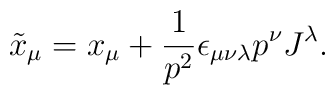
\tilde{x}_{\mu}=x_{\mu}+\frac{1}{p^{2}}\epsilon_{\mu\nu\lambda}p^{\nu}J^{\lambda}.